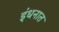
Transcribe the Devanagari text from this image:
इंधनात